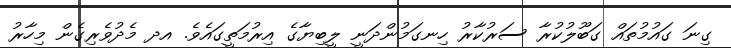
ގިނަ ގައުމުތައް ގަބޫލުކުރާ ސަރުކާރު ހިނގަމުންދަނީ ލީބިޔާގެ އިރުމަތީގައެވެ. އދ މެދުވެރިގެން މިހާރު